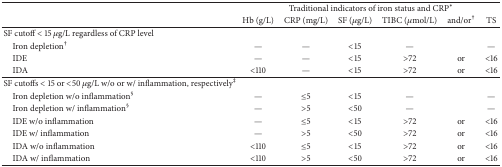
<table><thead><tr><td><b> </b></td><td colspan="6"><b>Traditional indicators of iron status and CRP<sup><i>∗</i></sup></b></td></tr><tr><td><b> </b></td><td><b>Hb (g/L)</b></td><td><b>CRP (mg/L)</b></td><td><b>SF (<i>μ</i>g/L)</b></td><td><b>TIBC (<i>μ</i>mol/L)</b></td><td><b>and/or<sup>†</sup></b></td><td><b>TS</b></td></tr></thead><tbody><tr><td>SF cutoff &lt; 15 <i>μ</i>g/L regardless of CRP level </td><td> </td><td> </td><td> </td><td> </td><td> </td><td> </td></tr><tr><td> Iron depletion<sup>†</sup></td><td>—</td><td>—</td><td>&lt;15</td><td>—</td><td> </td><td>—</td></tr><tr><td> IDE </td><td>—</td><td>—</td><td>&lt;15</td><td>&gt;72</td><td>or</td><td>&lt;16</td></tr><tr><td> IDA</td><td>&lt;110</td><td>—</td><td>&lt;15</td><td>&gt;72</td><td>or</td><td>&lt;16</td></tr><tr><td>SF cutoffs &lt; 15 or &lt;50 <i>μ</i>g/L w/o or w/ inflammation, respectively<sup>‡</sup></td><td> </td><td> </td><td> </td><td> </td><td> </td><td> </td></tr><tr><td> Iron depletion w/o inflammation<sup>§</sup></td><td>—</td><td>≤5</td><td>&lt;15</td><td>—</td><td> </td><td>—</td></tr><tr><td> Iron depletion w/ inflammation<sup>§</sup></td><td>—</td><td>&gt;5</td><td>&lt;50</td><td>—</td><td> </td><td>—</td></tr><tr><td> IDE w/o inflammation</td><td>—</td><td>≤5</td><td>&lt;15</td><td>&gt;72</td><td>or</td><td>&lt;16</td></tr><tr><td> IDE w/ inflammation</td><td>—</td><td>&gt;5</td><td>&lt;50</td><td>&gt;72</td><td>or</td><td>&lt;16</td></tr><tr><td> IDA w/o inflammation</td><td>&lt;110</td><td>≤5</td><td>&lt;15</td><td>&gt;72</td><td>or</td><td>&lt;16</td></tr><tr><td> IDA w/ inflammation</td><td>&lt;110</td><td>&gt;5</td><td>&lt;50</td><td>&gt;72</td><td>or</td><td>&lt;16</td></tr></tbody></table>